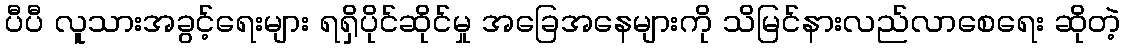
ပီပီ လူသားအခွင့်ရေးများ ရရှိပိုင်ဆိုင်မှု အခြေအနေများကို သိမြင်နားလည်လာစေရေး ဆိုတဲ့